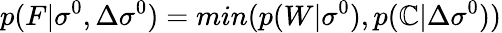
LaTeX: p(F|\sigma^{0},\Delta\sigma^{0})=min(p(W|\sigma^{0}),p(\mathbb{C}|\Delta\sigma^{0}))